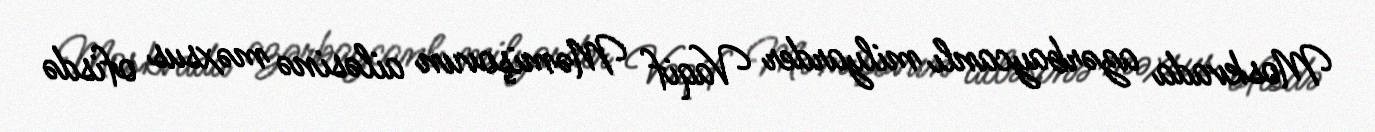
Moskvada azərbaycanlı milyarder Vaqif Məmişovun ailəsinə məxsus ofisdə